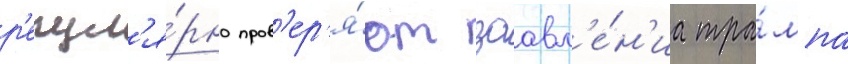
р'егул'я́рно пров'ер'я́ют заавл'е́н'иа тра́мпа